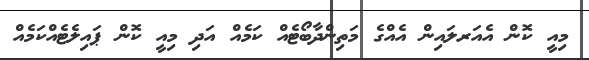
މިއީ ކޮން އެއަރލައިން އެއްގެ މަތިންދާބޯޓެއް ކަމެއް އަދި މިއީ ކޮން ޕައިލެޓެއްކަމެއް